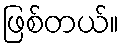
ဖြစ်တယ်။